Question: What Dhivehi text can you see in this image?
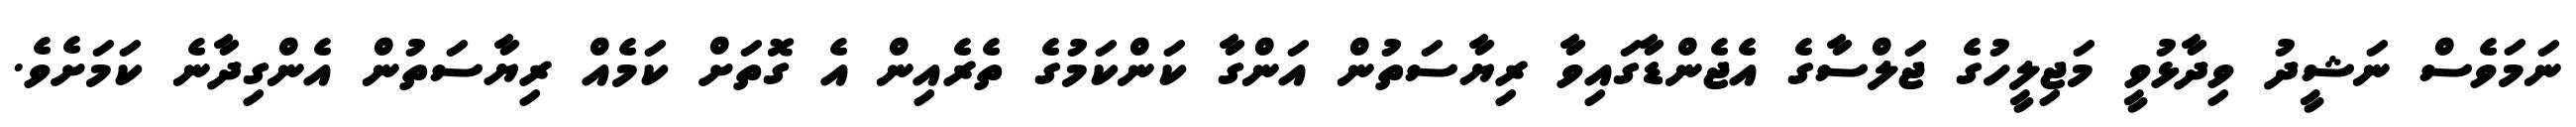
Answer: ނަމަވެސް ނަޝީދު ވިދާޅުވީ މަޖިލީހުގެ ޖަލްސާގެ އެޖެންޑާގައިވާ ރިޔާސަތުން އަންގާ ކަންކަމުގެ ތެރެއިން އެ ގޮތަށް ކަމެއް ރިޔާސަތުން އެންގިދާނެ ކަމަށެވެ.